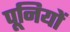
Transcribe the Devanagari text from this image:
पूनियों